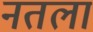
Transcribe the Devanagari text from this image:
नतलां